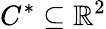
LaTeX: C^{*}\subseteq\mathbb{R}^{2}